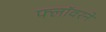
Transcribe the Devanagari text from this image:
फ्लॉवरने